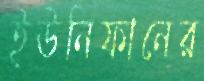
ইউনিফানের